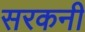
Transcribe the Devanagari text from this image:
सरकनी